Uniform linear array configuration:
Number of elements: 24
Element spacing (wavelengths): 0.5
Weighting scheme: hann
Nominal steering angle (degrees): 30
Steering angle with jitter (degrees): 31.653
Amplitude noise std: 0.05
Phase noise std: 0.05

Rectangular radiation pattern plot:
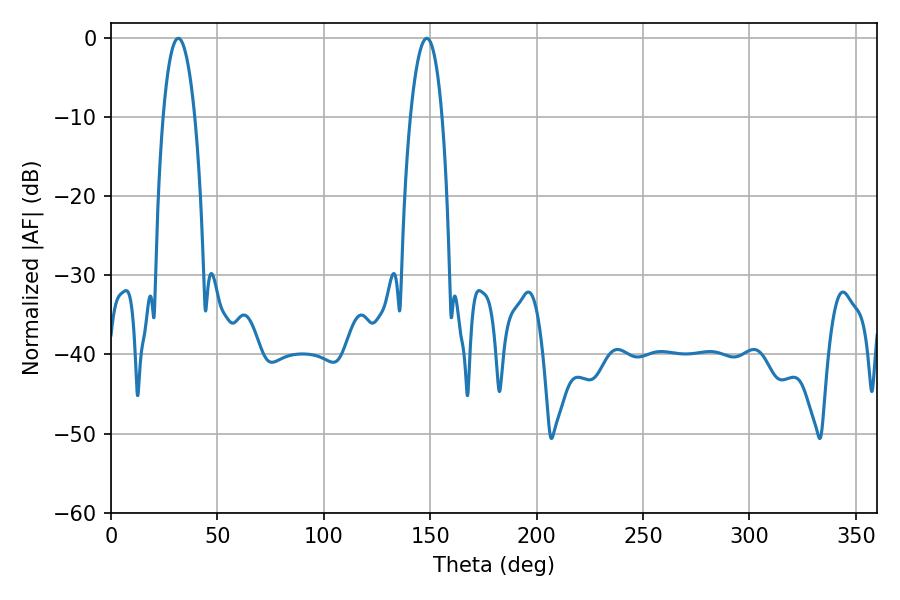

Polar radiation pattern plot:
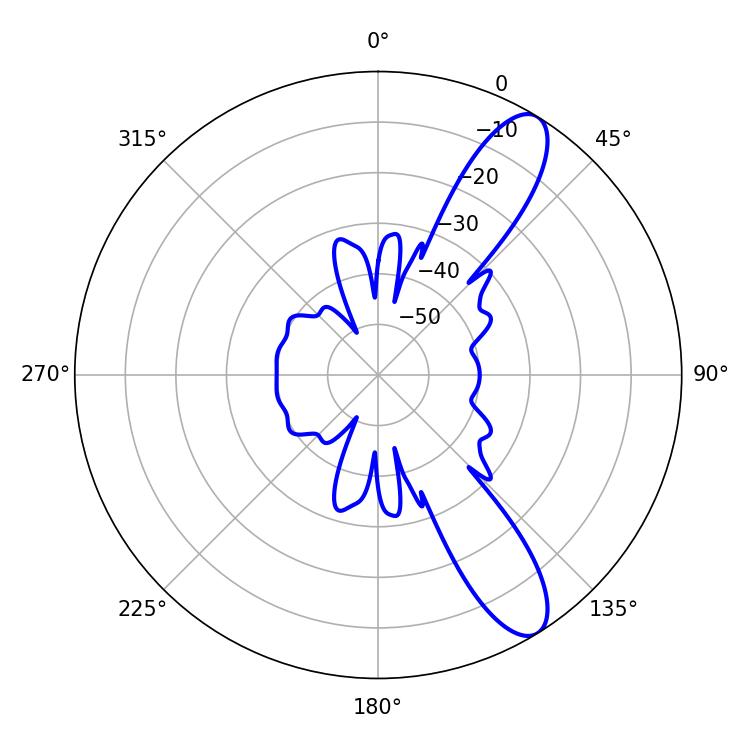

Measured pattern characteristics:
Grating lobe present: FALSE
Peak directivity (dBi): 10.892
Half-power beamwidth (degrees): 8.28
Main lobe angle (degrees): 148.32